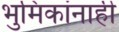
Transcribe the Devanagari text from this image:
भुमिकांनाही